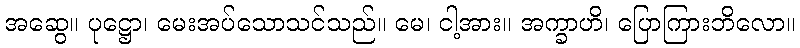
အဆွေ။ ပုဋ္ဌော၊ မေးအပ်သောသင်သည်။ မေ၊ ငါ့အား။ အက္ခာဟိ၊ ပြောကြားဘိလော။